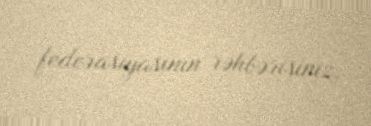
federasiyasının rəhbərisiniz.